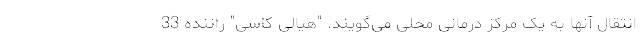
انتقال آنها به یک مرکز درمانی محلی می‌گویند. "هیالی کاسی" راننده 33